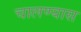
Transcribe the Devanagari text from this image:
चालण्यास